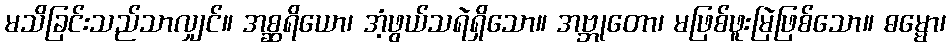
မသိခြင်းသည်သာလျှင်။ အစ္ဆရိယော၊ အံ့ဖွယ်သရဲရှိသော။ အဗ္ဘုတော၊ မဖြစ်ဖူးမြဲဖြစ်သော။ ဓမ္မော၊